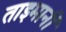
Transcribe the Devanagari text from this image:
ताइमानी